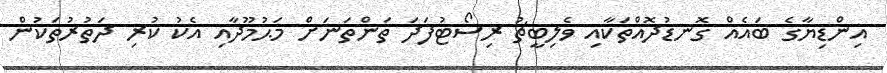
އިންޑިޔާގެ ބައެއް ގޮނޑުދޮއްތަކާއި ވެލިބީޗު ރިސޯޓުފަދަ ތަންތަނަށް މަޙުމޫދާއި އެކު ކުރި ދަތުރުތަކުން